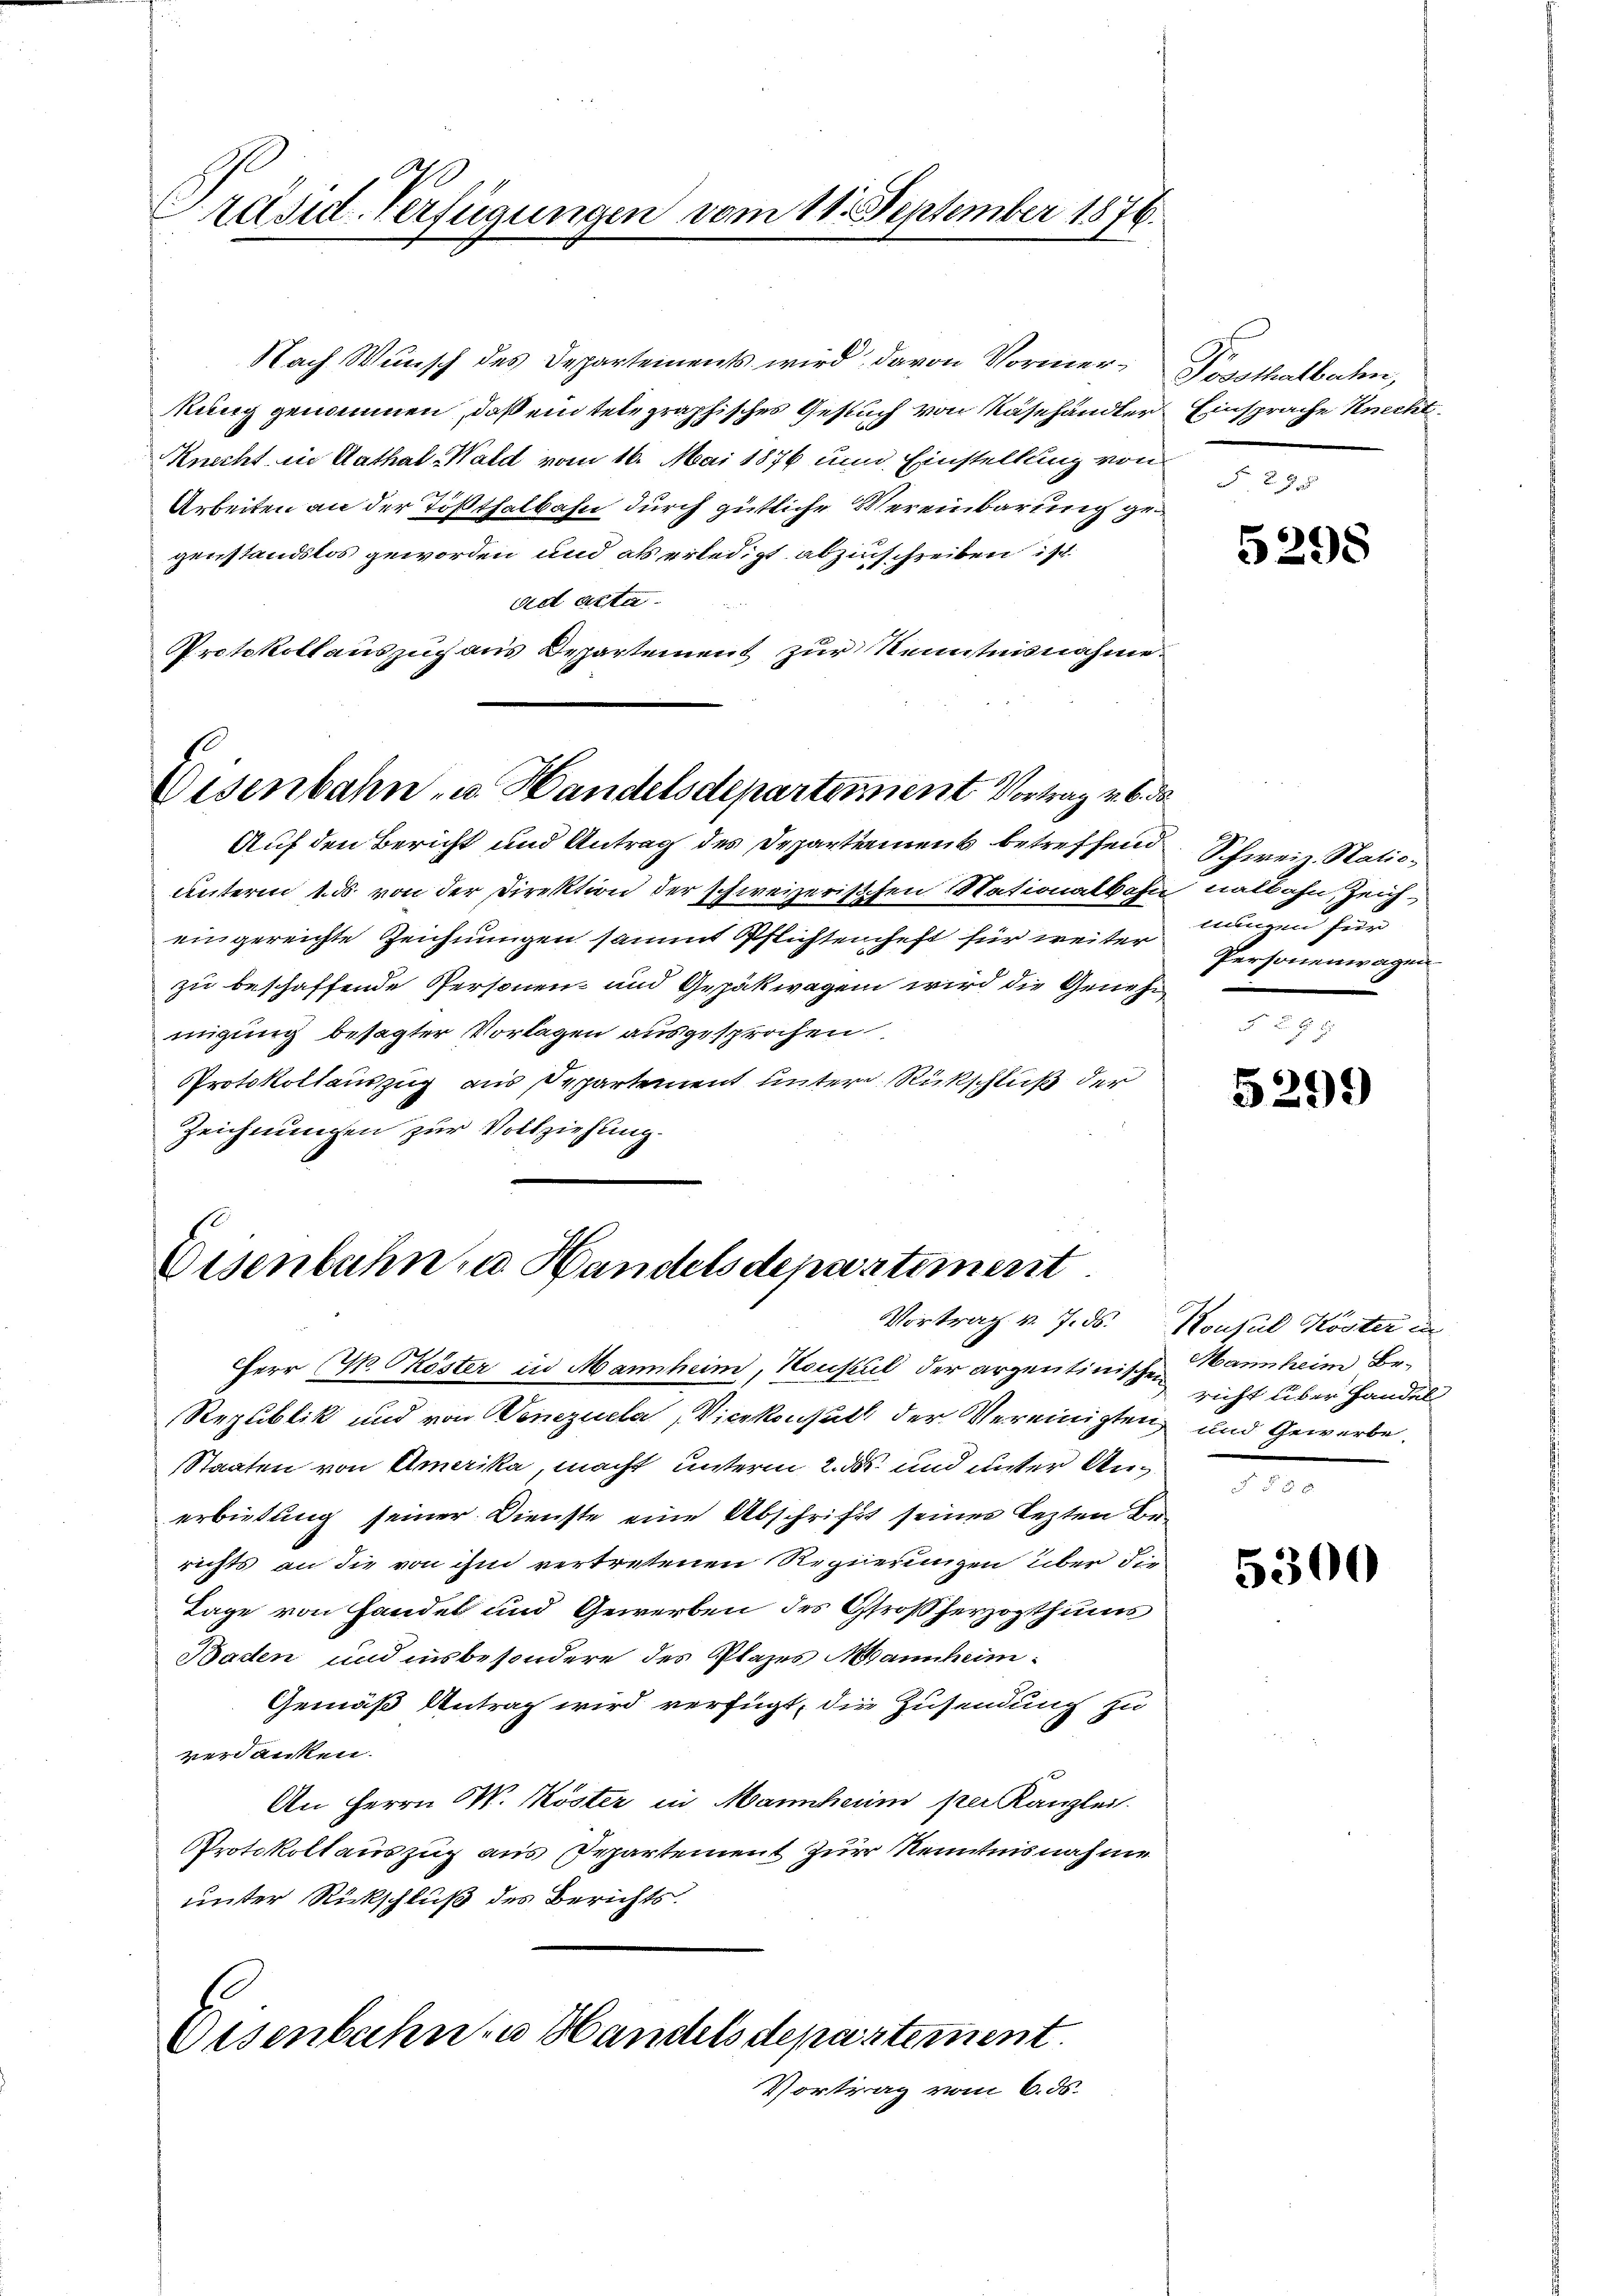
Präsid. Verfügungen vom 11. September 1876.

Nach Wunsch des Departements wird davon Vormerkung genommen, daß ein telegraphisches Gesuch von Rasehändler
Knecht in Aathal-Wald vom 16. Mai 1876 und Einstellung von
Arbeiten an der Tößthalbahn durch gütliche Vereinbarung gegenstandslos geworden und als erledigt abzuschreiben ist
ad acta.
Protokollauszug aus Departement zur Kenntnisnahme
Auf den Bericht und Antrag des Departement betreffend
unterm 1. ds. von der Direktion der schweizerischen Nationalbast.
eingereichte Zeichnungen sammt Pflichtenheft für weiter
zu beschaffende Personen- und Gepäkwagen wird die Genehmigung besagter Vorlagen ausgesprochen
Protokollauszug aus Departement unter Rückschluß der
Zeichnungen zur Vollziehung.

Eisenbahn- u. Handelsdepartement Vortrag v. 6. de

Eisenbahn zu Handelsdepartement.

Herr C. CKöster in Mannheim, Konsul der arzentinischen annheim Be¬
Republik und von Venezuela, Vicekonsuth der Vereinigten und Gewerbe
Staaten von Amerika macht unterm 2. ds. und unter Anerbietung seiner Dienste eine Abschrift seines Lezten Be-
richts an die von ihm vertretenen Regierungen über die
Tage von Handel und Gewerben des Großherzogthums
Baden und insbesondere des Plazes Mannheim¬
Gemäß Antrag wird verfügt, die Zusendung zu
verdanken.
An Herrn M. Koster in Mannheim per Kanzlei.
Protokollauszug aus Departement zur Kenntnisnahme
unter Rückschluß des Berichts.
Eisenbahn u Handels departement.
Vortrag vom 6. ds.

Posothalbahn,
Einsprache Knecht

d

5298

Schweiz. Natio
nalbahn, Zeich-
nungen für
Personenwagen

5299)

Vortrag v. 7. ds. Konsul Köster in
richt über Handel

5300